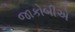
જાકોબીએ